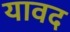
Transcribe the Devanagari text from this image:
यावद